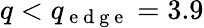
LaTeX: q<q_{\mathrm{~e~d~g~e~}}=3.9